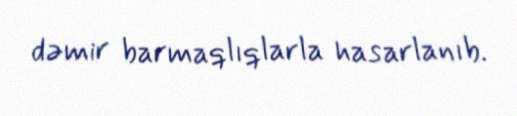
dəmir barmaqlıqlarla hasarlanıb.